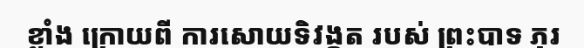
ខ្លាំង ក្រោយពី ការសោយទិវង្គត របស់ ព្រះបាទ ភុរ